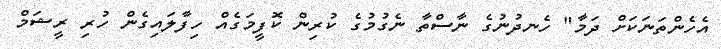
އެހެންތަނަކަށް ދަމާ" ހެނދުނުގެ ނާސްތާ ނެގުމުގެ ކުރިން ކޮފީމަގެއް ހިފާލައިގެން ހުރި ރީޝަމް